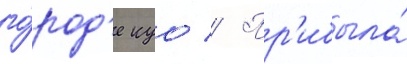
го́род'е куо // Пр'ибыла́